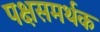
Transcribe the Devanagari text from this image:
पक्षसमर्थक